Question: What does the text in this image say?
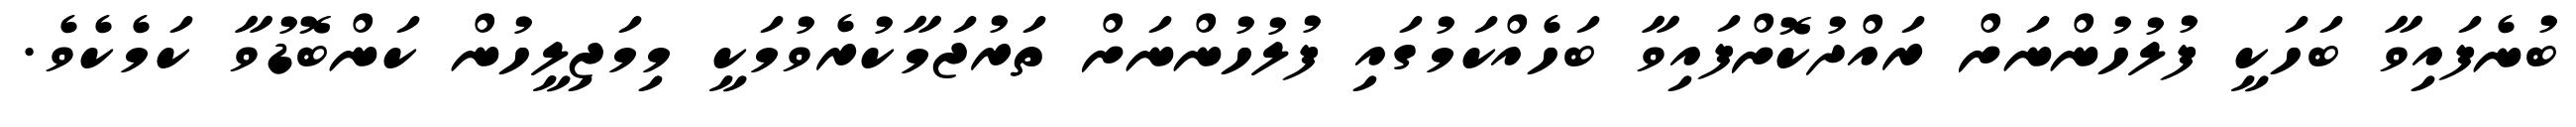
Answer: ބުނެފައިވާ ބަހަކީ ފުލުހުންނަށް ރައްދުކޮށްފައިވާ ބަހެއްކަމުގައި ފުލުހުންނަށް ތަރުޖަމާކުރެވުމަކީ މިމަޖިލީހުން ކަންބޮޑުވާ ކަމެކެވެ.